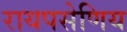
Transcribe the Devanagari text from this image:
रायपसेणिय